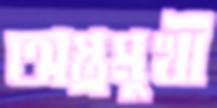
অস্ত্রমুখী